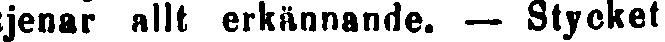
tjenar allt erkännande. — Stycket